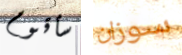
سأقوم سوزان